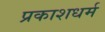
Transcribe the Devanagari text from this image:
प्रकाशधर्म